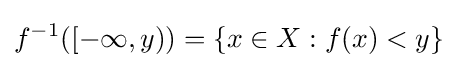
f^{-1}([-\infty ,y))=\{x\in X:f(x)<y\}